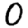
Digit: 0